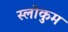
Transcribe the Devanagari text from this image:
स्लोकुम